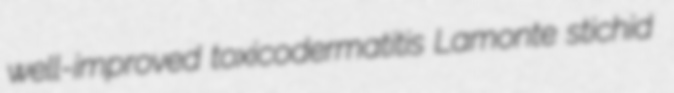
well-improved toxicodermatitis Lamonte stichid